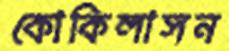
কোকিলাসন